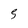
Character: 5